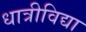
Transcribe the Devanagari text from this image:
धात्रीविद्या